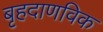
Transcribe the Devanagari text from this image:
बृहदाणविक